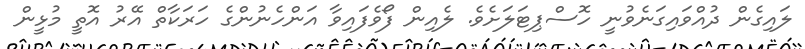
ލައިގެން ދުއްވައިގަނެވުނީ ހޮސްޕިޓަލަށެވެ. ލެއިން ފޯވެފައިވާ އަންހެނުންގެ ހަރަކާތް އޭރު އޮތީ މުޅީން